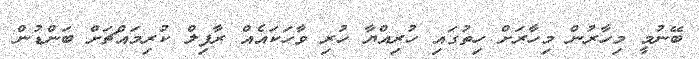
ބޭނުމީ މިހާރުން މިހާރަށް ހިތުގައި ހުރިއްޔާ ހުރި ވާހަކައެއް ރާފިލް ކުރިމައްޗަށް ބަންޑުން